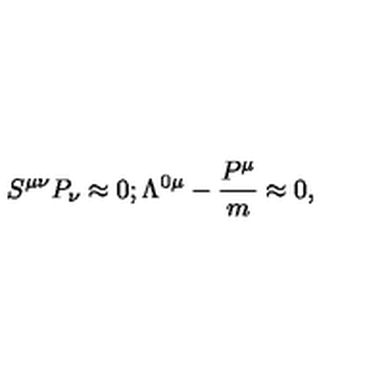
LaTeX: S ^ { \mu \nu } P _ { \nu } \approx 0 ; \Lambda ^ { 0 \mu } - { \frac { P ^ { \mu } } { m } } \approx 0 ,